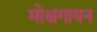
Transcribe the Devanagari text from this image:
मोक्षगायन